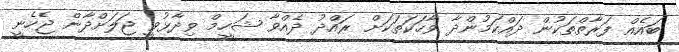
ބައެއް ފަރާތްތަކުން ދައްކަމުންދާ ވާހަކަތަކަށް ރައްދު ދެއްވާ ޝަހީމް ވިދާޅުވީ ޖަލަށްދާން ޖެހެނީ